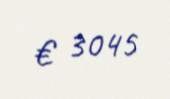
€ 3045